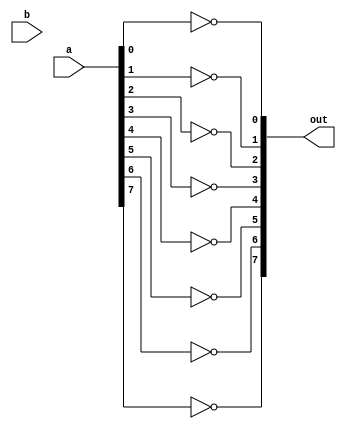
`timescale 1ns / 1ps

module four_nand(a, b, out);

input [7:0]a;
input [7:0]b;
output [7:0]out;

nand  zero(out[0], a[0]);
nand one(out[1], a[1]);
nand two(out[2], a[2]);
nand three(out[3], a[3]);
nand four(out[4], a[4]);
nand five(out[5], a[5]);
nand six(out[6], a[6]);
nand seven(out[7], a[7]);

endmodule
// When 0000 and 0000 at end, get 1111. Why?